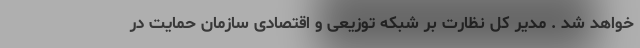
خواهد شد . مدیر کل نظارت بر شبکه توزیعی و اقتصادی سازمان حمایت در